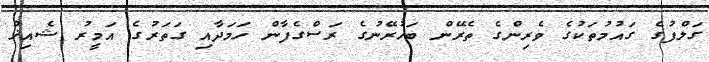
ގަލްފުގެ ގައުމުތަކުގެ ވެރިންގެ ތެރޭން ބަހުރޭނުގެ ރަސްގެފާން ހަމަދާއި ގަތަރުގެ އަމީރު ޝެއިޚް